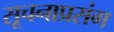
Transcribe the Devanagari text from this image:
सूचनाप्रसंग